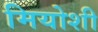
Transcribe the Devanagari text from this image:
मियोशी